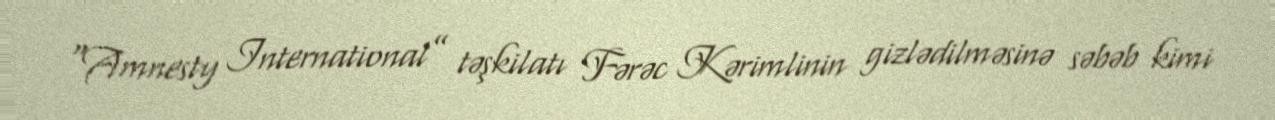
“Amnesty International” təşkilatı Fərəc Kərimlinin gizlədilməsinə səbəb kimi